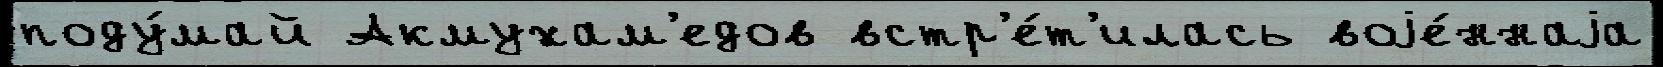
поду́май Акмухам'едов встр'е́т'илась воjе́ннаjа